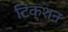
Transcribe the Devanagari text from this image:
टिंक्शन